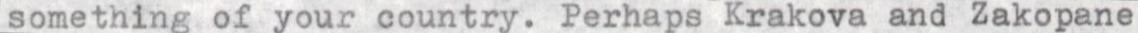
something of your country. Perhaps Krakova and Zakopane